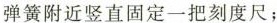
弹簧附近竖直固定一把刻度尺；